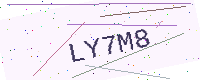
Text: LY7M8